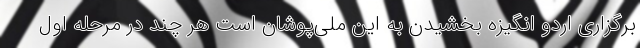
برگزاری اردو انگیزه بخشیدن به این ملی‌پوشان است هر چند در مرحله اول